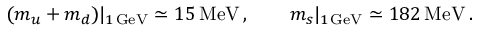
( m _ { u } + m _ { d } ) \vert _ { 1 \, \mathrm { G e V } } \simeq 1 5 \, \mathrm { M e V } \, , \qquad m _ { s } \vert _ { 1 \, \mathrm { G e V } } \simeq 1 8 2 \, \mathrm { M e V } \, .